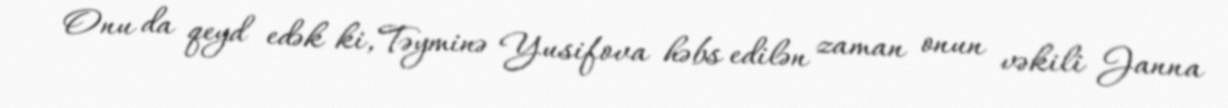
Onu da qeyd edək ki, Təyminə Yusifova həbs edilən zaman onun vəkili Janna